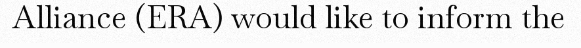
Alliance (ERA) would like to inform the